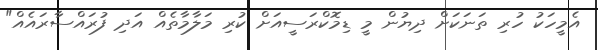
އެމީހަކު ހުރި ތަނަކަށް ދިޔުން މީ ޑިމޮކްރަސީއަށް ކުރި މަލާމާތެއް އަދި ފުރައްސާރައެއް"